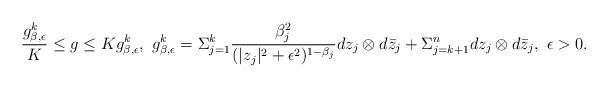
\begin{align*}\frac{g^{k}_{\beta,\epsilon}}{K}\leq g\leq Kg^{k}_{\beta,\epsilon},\ g^{k}_{\beta,\epsilon}=\Sigma_{j=1}^{k}\frac{\beta_{j}^{2}}{(|z_{j}|^2+\epsilon^2)^{1-\beta_{j}}}dz_{j}\otimes d\bar{z}_{j}+\Sigma_{j=k+1}^{n}dz_{j}\otimes d\bar{z}_{j},\ \epsilon>0.\end{align*}